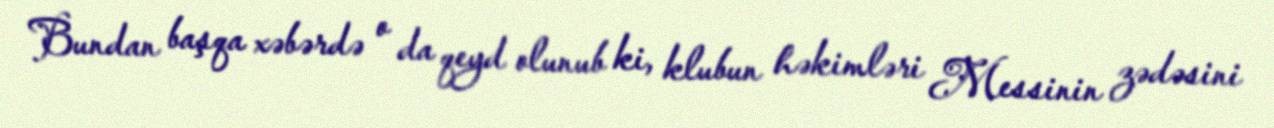
Bundan başqa xəbərdə o da qeyd olunub ki, klubun həkimləri Messinin zədəsini